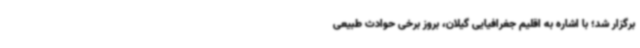
برگزار شد؛ با اشاره به اقلیم جغرافیایی گیلان، بروز برخی حوادث طبیعی